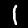
Label: 1